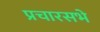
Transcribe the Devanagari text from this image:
प्रचारसभे